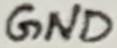
Text: GND